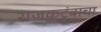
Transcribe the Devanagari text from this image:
राजकुटूंबाचा